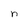
Character: n